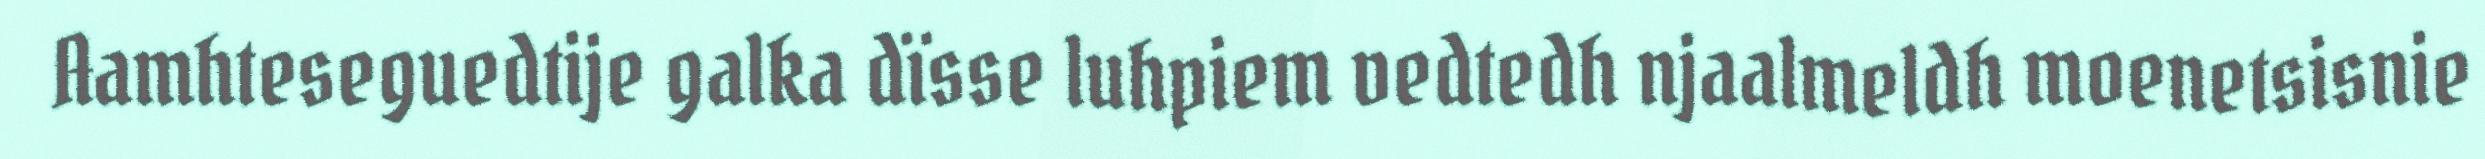
Aamhteseguedtije galka dïsse luhpiem vedtedh njaalmeldh moenetsisnie